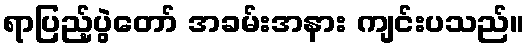
ရာပြည့်ပွဲတော် အခမ်းအနား ကျင်းပသည်။